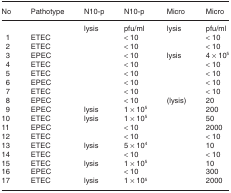
| No | Pathotype | N10-p | N10-p | Micro | Micro |
 | --- | --- | --- | --- | --- | --- |
 |  |  | lysis | pfu/ml | lysis | pfu/ml |
 | 1 | ETEC |  | < 10 |  | < 10 |
 | 2 | ETEC |  | < 10 |  | < 10 |
 | 3 | EPEC |  | < 10 | lysis | 4 × 105 |
 | 4 | ETEC |  | < 10 |  | < 10 |
 | 5 | ETEC |  | < 10 |  | < 10 |
 | 6 | EPEC |  | < 10 |  | < 10 |
 | 7 | ETEC |  | < 10 |  | < 10 |
 | 8 | EPEC |  | < 10 | (lysis) | 20 |
 | 9 | EPEC | lysis | 1 × 105 |  | 200 |
 | 10 | ETEC | lysis | 1 × 105 |  | 50 |
 | 11 | EPEC |  | < 10 |  | 2000 |
 | 12 | ETEC |  | < 10 |  | < 10 |
 | 13 | ETEC | lysis | 5 × 104 |  | 10 |
 | 14 | ETEC |  | < 10 |  | < 10 |
 | 15 | ETEC | lysis | 1 × 105 |  | 10 |
 | 16 | EPEC |  | < 10 |  | 300 |
 | 17 | ETEC | lysis | 1 × 105 |  | 2000 |